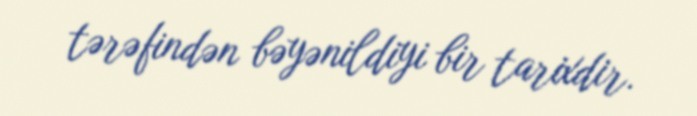
tərəfindən bəyənildiyi bir tarixdir.